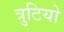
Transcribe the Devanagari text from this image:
त्रुटियो